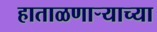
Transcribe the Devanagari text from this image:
हाताळणार्‍याच्या